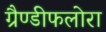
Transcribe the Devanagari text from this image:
ग्रैण्डीफलोरा